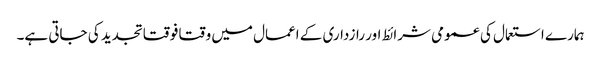
ہمارے استعمال کی عمومی شرائط اور رازداری کے اعمال میں وقتا فوقتا تجدید کی جاتی ہے۔